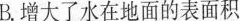
B.增大了水在地面的表面积